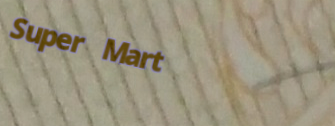
Super Mart